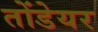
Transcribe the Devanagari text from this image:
तोंडेयर